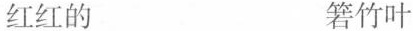
红红的 箬竹叶